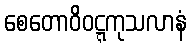
စေတောဝိဝဋ္ဋကုသလာနံ